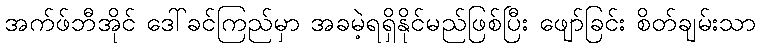
အက်ဖ်ဘီအိုင် ဒေါ်ခင်ကြည်မှာ အခမဲ့ရရှိနိုင်မည်ဖြစ်ပြီး ဖျော်ခြင်း စိတ်ချမ်းသာ